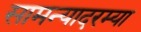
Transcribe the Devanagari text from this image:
सामन्यादरम्या